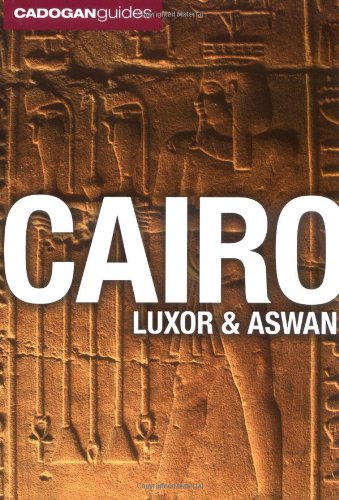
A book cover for Cairo, Luxor and Aswan, 3rd (Cadogan Guides Cairo, Luxor, Aswan); Michael Haag; Travel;